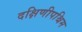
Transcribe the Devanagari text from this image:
दक्षिणीपश्चिम